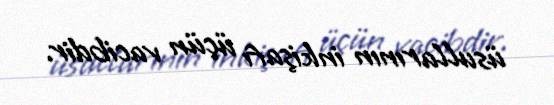
üsullarının inkişafı üçün vacibdir.